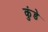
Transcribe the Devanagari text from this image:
कुंडेे